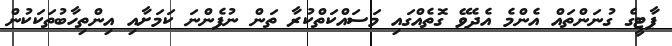
ޕާޓީގެ ގުނަންތައް އެންމެ އެދެވޭ ގޮތެއްގައި މަސައްކަތްކުރާ ތަން ނުފެންނަ ކަަމަށާއި އިންތިހާބުތަކަކުން